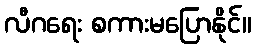
လီဂရေး စကားမပြောနိုင်။